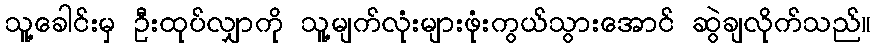
သူ့ခေါင်းမှ ဦးထုပ်လျှာကို သူ့မျက်လုံးများဖုံးကွယ်သွားအောင် ဆွဲချလိုက်သည်။